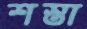
শস্তা